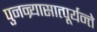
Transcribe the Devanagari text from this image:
पुनन्र्यासात्पूर्यन्ते